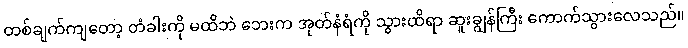
တစ်ချက်ကျတော့ တံခါးကို မထိဘဲ ဘေးက အုတ်နံရံကို သွားထိရာ ဆူးချွန်ကြီး ကောက်သွားလေသည်။